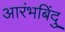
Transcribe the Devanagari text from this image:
आरंभबिंदु